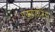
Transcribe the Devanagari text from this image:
एक्सपोर्टिंग